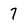
Character: 7